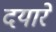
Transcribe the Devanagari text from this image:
दयारे